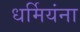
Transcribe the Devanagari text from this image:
धर्मियंना